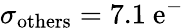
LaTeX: \sigma_{\mathrm{others}}=7.1\ \mathrm{{e^{-}}}